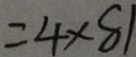
= 4 \times 8 1